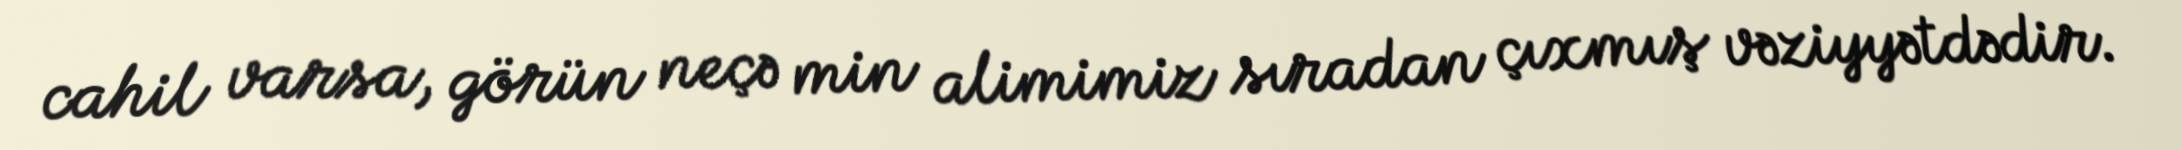
cahil varsa, görün neçə min alimimiz sıradan çıxmış vəziyyətdədir.